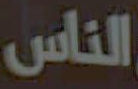
الناس